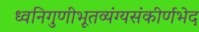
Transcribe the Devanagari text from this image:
ध्वनिगुणीभूतव्यंग्यसंकीर्णभेद